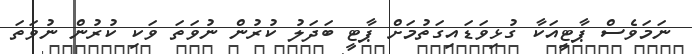
ނަމަވެސް ޕާޓީއަކާ ގުޅިވަޑައިގަތުމަށް ޕާޓީ ބަދަލު ކުރުން ނުވަތަ ވަކި ކުރުން ނުވަތަ